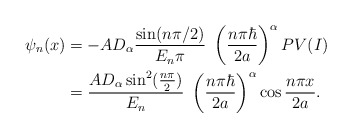
\begin{align*}\psi_{n}(x) & =-AD_{\alpha}\frac{\sin(n\pi/2)}{E_{n}\pi}\ \left( \frac{n\pi\hbar}{2a}\right) ^{\alpha}PV(I)\\& =\frac{AD_{\alpha}\sin^{2}(\frac{n\pi}{2})}{E_{n}}\ \left( \frac{n\pi\hbar}{2a}\right) ^{\alpha}\cos\frac{n\pi x}{2a}.\end{align*}